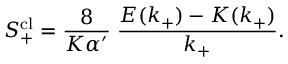
S _ { + } ^ { \mathrm { c l } } = \frac { 8 } { K \alpha ^ { \prime } } \; \frac { E ( k _ { + } ) - K ( k _ { + } ) } { k _ { + } } .